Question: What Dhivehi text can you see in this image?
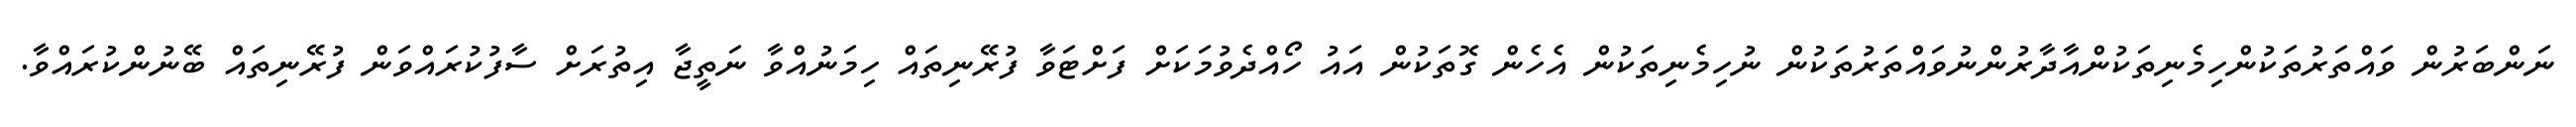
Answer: ނަންބަރުން ވައްތަރުތަކުންހިމެނިތަކުންއާދާރުންނުވައްތަރުތަކުން ނުހިމެނިތަކުން އެހެން ގޮތަކުން އައު ހޯއްދެވުމަކަށް ފަށްޓަވާ ފުރޭނިތައް ހިމަނުއްވާ ނަތީޖާ އިތުރަށް ސާފުކުރައްވަން ފުރޭނިތައް ބޭނުންކުރައްވާ.